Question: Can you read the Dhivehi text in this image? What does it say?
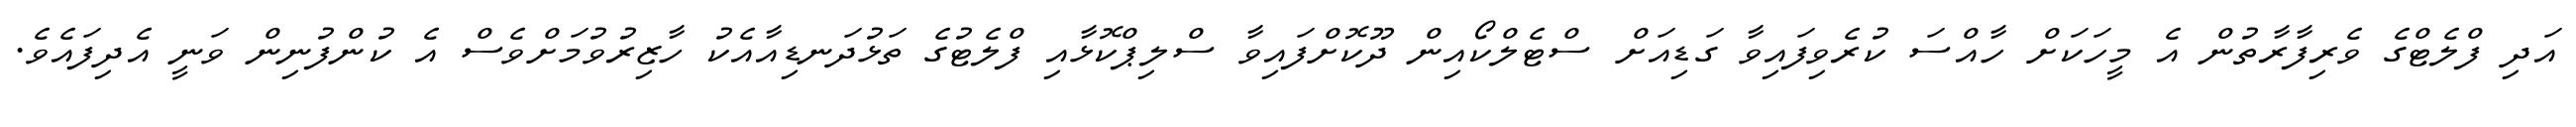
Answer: އަދި ފްލެޓްގެ ވެރިފާރާތުން އެ މީހަކަށް ހާއްސަ ކުރެވިފައިވާ ގަޑިއަށް ސްޓެލްކޯއިން ދޫކޮށްފައިވާ ސްލިޕްކޮޅާއި ފްލެޓުގެ ތަޅުދަނޑިއާއެކު ހާޒިރުވުމަށްވެސް އެ ކުންފުނިން ވަނީ އެދިފައެވެ.